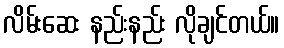
လိမ်းဆေး နည်းနည်း လိုချင်တယ်။